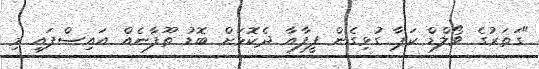
"ގަތަރުގެ ވޯލްޑް ކަޕާ ގުޅިގެން ފީފާއާ ދެކޮޅަށް ބޮޑު ތޫފާނެއް އައިސްފައި މި